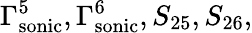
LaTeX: \Gamma_{\mathrm{sonic}}^{5},\Gamma_{\mathrm{sonic}}^{6},S_{25},S_{26},